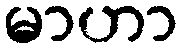
မာဟာ